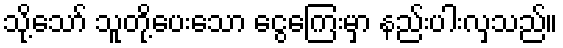
သို့သော် သူတို့ပေးသော ငွေကြေးမှာ နည်းပါးလှသည်။